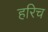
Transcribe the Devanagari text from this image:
हरिच